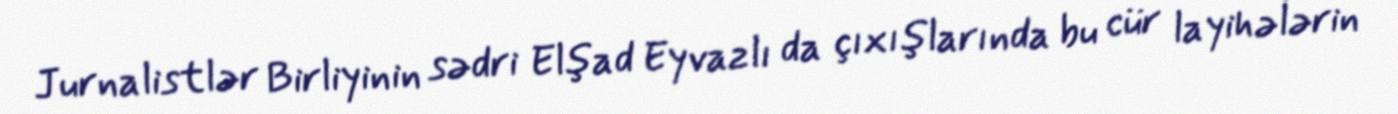
Jurnalistlər Birliyinin sədri Elşad Eyvazlı da çıxışlarında bu cür layihələrin